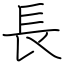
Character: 長